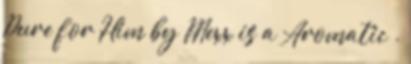
Pure for Him by Mexx is a Aromatic .